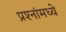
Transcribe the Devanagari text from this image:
प्रश्‍नांमध्‍ये